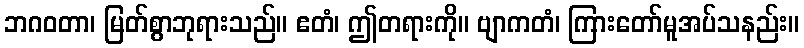
ဘဂဝတာ၊ မြတ်စွာဘုရားသည်။ ဧတံ၊ ဤတရားကို။ ဗျာကတံ၊ ကြားတော်မူအပ်သနည်း။